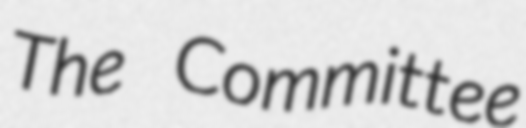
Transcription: The Committee